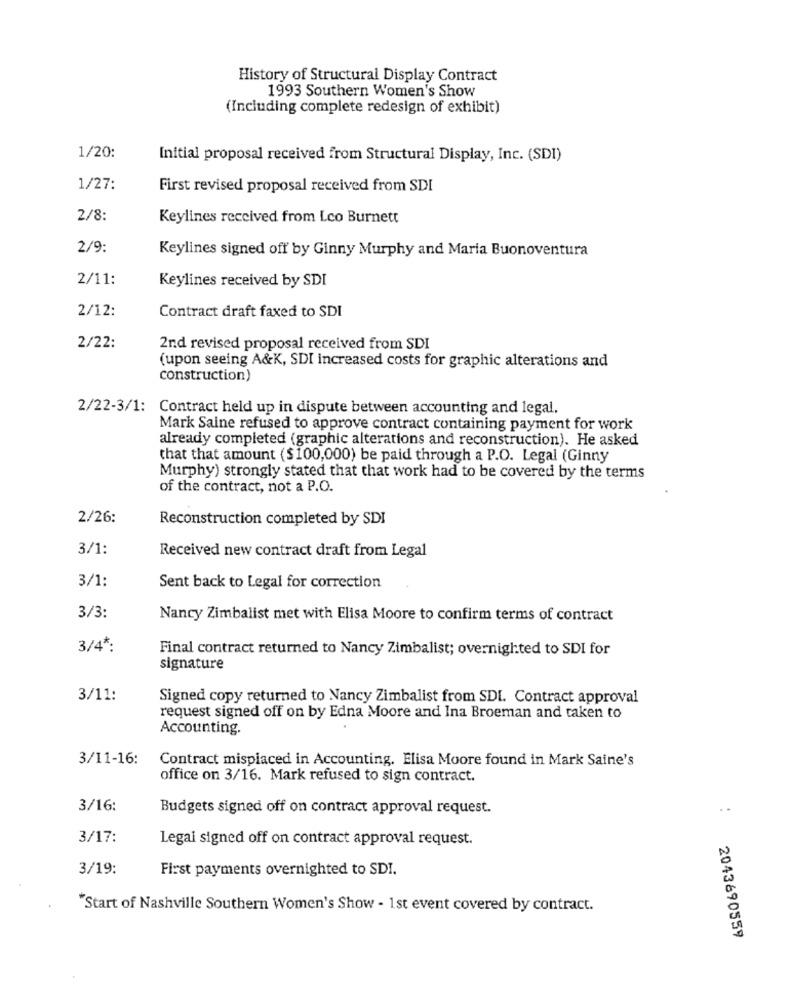
History of Structural Display Contract
1993 Southern Women's Show
(Including complete redesign of exhibit)
1/20:
Initial proposal received from Structural Display, Inc. (SDI)
1/27:
First revised proposal received from SDI
2/8:
Keylines received from Leo Burnett
2/9:
Keylines signed off by Ginny Murphy and Maria Buonoventura
2/11:
Keylines received by SDI
2/12:
Contract draft faxed to SDI
2/22:
2nd revised proposal received from SDI
(upon seeing A&K, SDI increased costs for graphic alterations and
construction)
2/22-3/1: Contract held up in dispute between accounting and legal,
Mark Saine refused to approve contract containing payment for work
already completed (graphic alterations and reconstruction). He asked
that that amount ($100,000) be paid through a P.O. Legal (Ginny
Murphy) strongly stated that that work had to be covered by the terms
of the contract, not a P.O.
2/26:
Reconstruction completed by SDI
3/1:
Received new contract draft from Legal
3/1:
Sent back to Legal for correction
3/3:
Nancy Zimbalist met with Elisa Moore to confirm terms of contract
3/4 *:
Final contract returned to Nancy Zimbalist; overnighted to SDI for
signature
3/11:
Signed copy returned to Nancy Zimbalist from SDL. Contract approval
request signed off on by Edna Moore and Ina Broeman and taken to
Accounting.
3/11-16:
Contract misplaced in Accounting. Elisa Moore found in Mark Saine's
office on 3/16. Mark refused to sign contract.
3/16:
Budgets signed off on contract approval request.
..
3/17:
Legai signed off on contract approval request.
3/19:
First payments overnighted to SDI.
"Start of Nashville Southern Women's Show - 1st event covered by contract.
2043690559